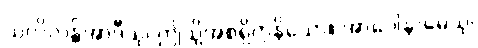
သလိလန္တိအာဒီသု၊ ဤသို့အစရှိကုနိသော။ အာပေါနာမေသု၊